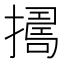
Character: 𢶈